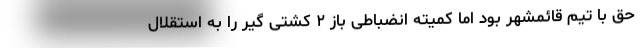
حق با تیم قائمشهر بود اما کمیته انضباطی باز ۲ کشتی گیر را به استقلال